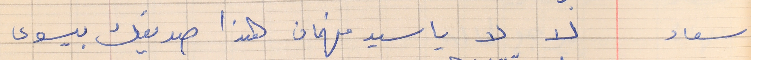
سعاد    لا لا يا سيد فهمان هذا صديقك بيسوى